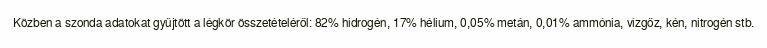
Közben a szonda adatokat gyűjtött a légkör összetételéről: 82% hidrogén, 17% hélium, 0,05% metán, 0,01% ammónia, vízgőz, kén, nitrogén stb.